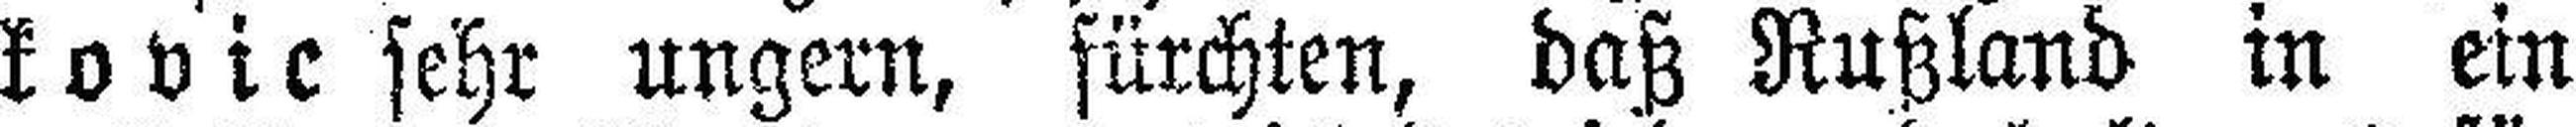
kovic sehr ungern, fürchten, daß Rußland in ein